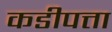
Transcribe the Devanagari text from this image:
कडीपत्ता